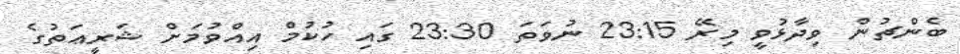
ބެންޗުން ވިދާޅުވީ މިރޭ 23:15 ނުވަތަ 23:30 ގައި ހުކުމް އިއްވުމަށް ޝަރީޢަތުގެ